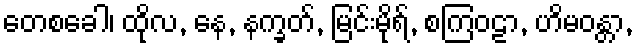
တေစခေါ၊ ထိုလ, နေ, နက္ခတ်, မြင်းမိုရ်, စကြဝဠာ, ဟိမဝန္တာ,